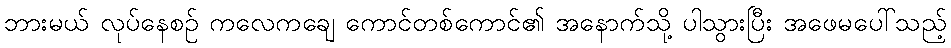
ဘားမယ် လုပ်နေစဉ် ကလေကချေ ကောင်တစ်ကောင်၏ အနောက်သို့ ပါသွားပြီး အဖေမပေါ်သည့်